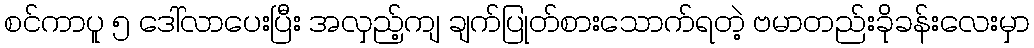
စင်ကာပူ ၅ ဒေါ်လာပေးပြီး အလှည့်ကျ ချက်ပြုတ်စားသောက်ရတဲ့ ဗမာတည်းခိုခန်းလေးမှာ